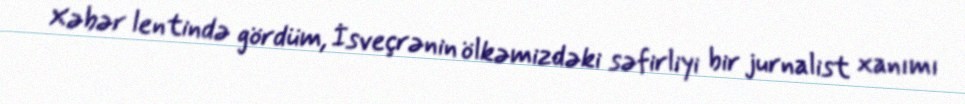
Xəbər lentində gördüm, İsveçrənin ölkəmizdəki səfirliyi bir jurnalist xanımı